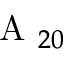
\mathrm { ~ A ~ } _ { 2 0 }